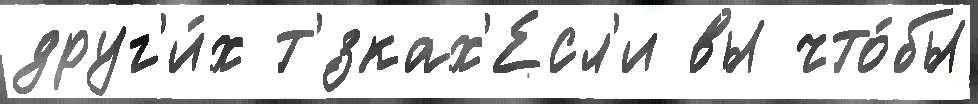
друг'и́х т'́зках'Есл'и вы что́бы